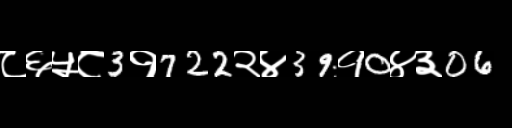
Text: ८६५८3१722२४39१0४३06